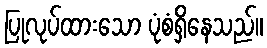
ပြုလုပ်ထားသော ပုံစံရှိနေသည်။